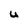
Character: U